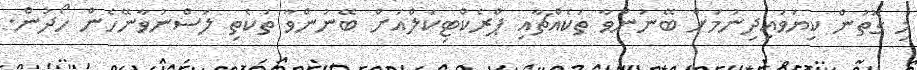
މި ގޮތުން ކިޔަވައިދިނުމަށް ބޭނުންވާ ތަކެއްޗާއި ޕްރެކްޓިކަލްއަށް ބޭނުންވާ ތަކެތި ލަސްނުވާނޭހެން ހޯދުން.